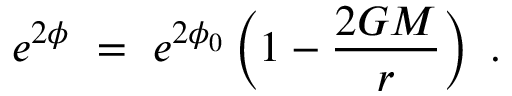
e ^ { 2 \phi } ~ = ~ e ^ { 2 \phi _ { 0 } } \left( 1 - \frac { 2 G M } { r } \right) ~ .